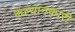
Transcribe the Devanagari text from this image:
कल्यानकारी